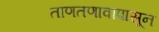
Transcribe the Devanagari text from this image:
ताणतणावापासून